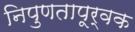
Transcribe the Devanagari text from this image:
निपुणतापूर्वक